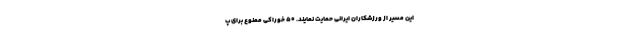
این مسیر از ورزشکاران ایرانی حمایت نمایند. 50 خوراکی ممنوع برای پ